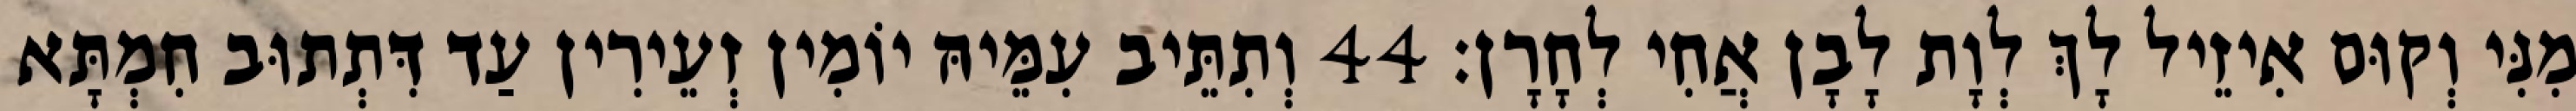
מִנִּי וְקוּם אִיזֵיל לָךְ לְוָת לָבָן אֲחִי לְחָרָן׃ 44 וְתִתֵּיב עִמֵּיהּ יוֹמִין זְעֵירִין עַד דִּתְתוּב חִמְתָּא